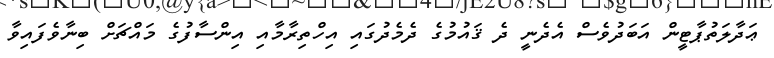
ޢަދާލަތުޕާޓީން އަބަދުވެސް އެދެނީ ދެ ޤައުމުގެ ދެމެދުގައި އިހްތިރާމާއި އިންސާފުގެ މައްޗަށް ބިނާވެފައިވާ